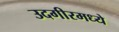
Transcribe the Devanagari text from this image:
उदगीरमध्ये